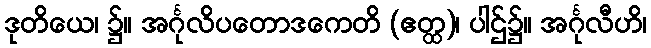
ဒုတိယေ၊ ၌။ အင်္ဂုလိပတောဒကေတိ (ဧတ္ထ)၊ ပါဌ်၌။ အင်္ဂုလီဟိ၊